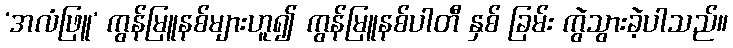
‘အလံဖြူ’ ကွန်မြူနစ်များဟူ၍ ကွန်မြူနစ်ပါတီ နှစ် ခြမ်း ကွဲသွားခဲ့ပါသည်။